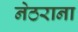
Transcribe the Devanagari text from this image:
नेठराना